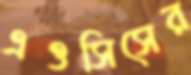
এওসিসের